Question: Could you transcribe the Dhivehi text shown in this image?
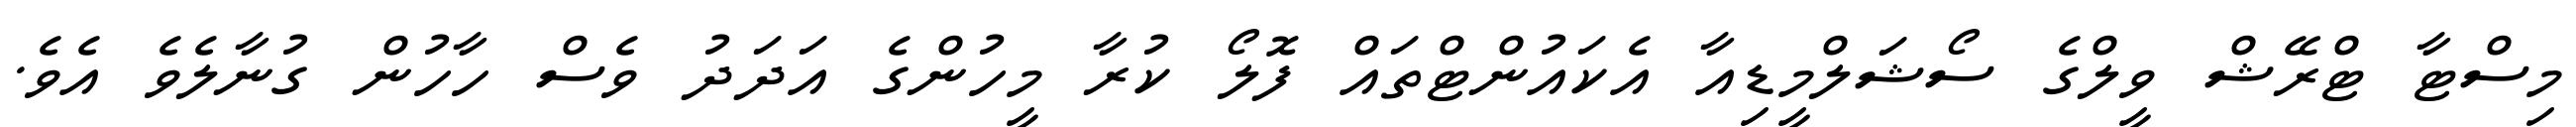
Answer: މިސްޓާ ޓްރޭޝް ވީލްގެ ސޯޝަލްމީޑިއާ އެކައުންޓްތައް ފޮލޯ ކުރާ މީހުންގެ އަދަދު ވެސް ހާހުން ގުނާލެވެ އެވެ.